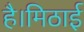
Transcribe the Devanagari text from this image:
है।मिठाई